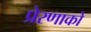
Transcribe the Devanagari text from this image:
प्रेरणाको